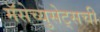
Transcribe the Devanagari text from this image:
मॅसेच्युसेट्सची